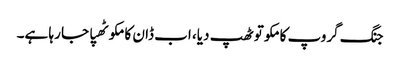
جنگ گروپ کا مکو تو ٹھپ دیا، اب ڈان کا مکو ٹھپا جا رہا ہے۔